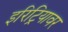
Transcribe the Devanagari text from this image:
इरिट्रियावर